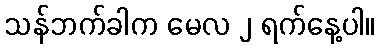
သန်ဘက်ခါက မေလ ၂ ရက်နေ့ပါ။